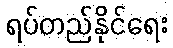
ရပ်တည်နိုင်ရေး